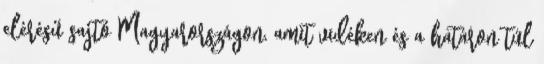
elérésű sajtó Magyarországon, amit vidéken és a határon túl